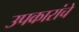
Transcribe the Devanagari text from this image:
उपकारांचे